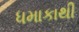
ધમાકાથી